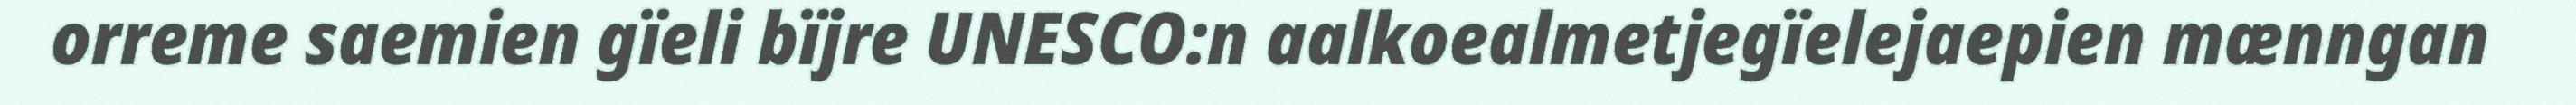
orreme saemien gïeli bïjre UNESCO:n aalkoealmetjegïelejaepien mænngan